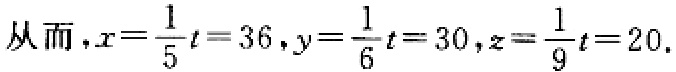
从而，\(x = \frac{1}{5}t = 36\)，\(y = \frac{1}{6}t = 30\)，\(z = \frac{1}{9}t = 20\)。